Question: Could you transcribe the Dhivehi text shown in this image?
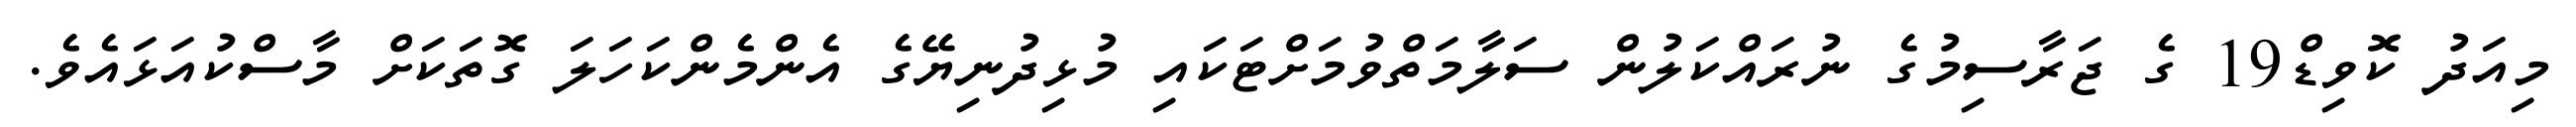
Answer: މިއަދު ކޮވިޑް19 ގެ ޖަރާސިމުގެ ނުރައްކަލުން ސަލާމަތްވުމަށްޓަކައި މުޅިދުނިޔޭގެ އެންމެންކަހަލަ ގޮތަކަށް މާސްކުއަޅައެވެ.